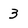
Character: 3